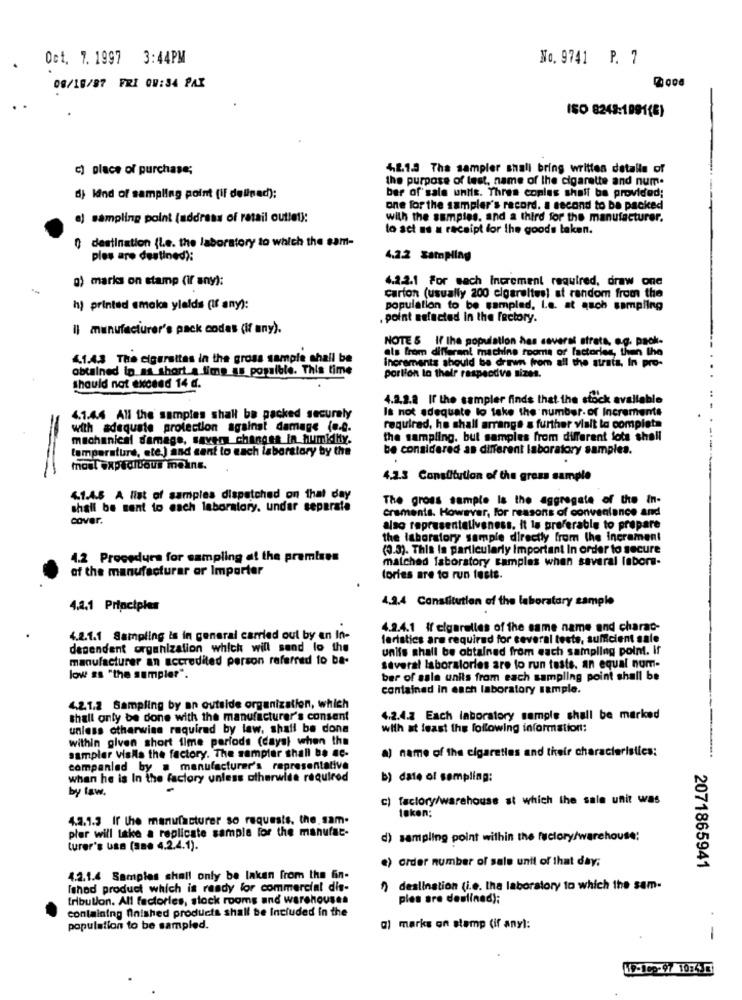
Oct. 7. 1997 3:44PM
No. 9741 P. 7
08/18/97 FRI OW:34 PAX
ISO 8243:1991(8)
c) place of purchase;
42.1.3 Tha sampler shali bring written detalle of
the purpose of test, name of the cigarette and num.
dj kind of sampling point (if dellpad):
ber of sale untis. Three coplas shall be provided;
one for the sampler's record. a second to be packed
aj sampling point (address of retail outlet):
with the samples, and a third for the manufacturer.
to act as a receipt for the goods laken.
destination {Le. the laboratory to which the sam-
pies are destined):
4.2.2 Sampllag
g) marks on stamp (if any):
4.2.2.1 For each increment required, draw one
carion (usually 200 elgareltes) at random from the
h) printed smoke yields (if any):
population to be sampled, Le. at qsch sampling
. point selected in the factory.
Il manufacturer's pack codes (if any).
NOTE & If the population has caverai strata, e.g. paok-
als from different machine rooms of factories, then the
4.1.43 The cigarettes in the gross sample shall be
increments should be drawn from all the strats, In pro-
obtained ip as short a lime as possible. This time
portion lo their respeodve sizes.
should not exceed 14 d.
4.2.2.2 If the sampler finds that the stock available
Is not adequate lo take the number. of Increments
4.1.44 All the samples shall be packed securely
with adequate protection against damage (e.e.
required, he shall arrange & further visit to completa
mechanical damage, saveon changes In_humility.
the sampling. but samples from different lots shall
temperature, ete.) and sent to each laboratory by the
be considered as different laboratory samples.
most expeditious meine.
4.2.3 Constitution of the gross sample
4.1.4.5 A list of samples dispatched on that day
The gross sample la the aggregate of the in-
shall be sent to each laboratory, undar separate
craments. However, for reasons of convenlance and
cover.
also representeliveness. it la preferable to prepare
the laboratory sample directly from the incrament
(0.3). This is particularly Important In order to secure
4.2 Procedura for sampling at the premises
matched laboratory samples when saveral labore-
of the manufacturar or Importer
tories are to run fests.
4.2.4 Constitution of the laboratory sample
4.2.1 Principles
4.2.4.1 If cigarelles of the same name and charac-
4.2.1.1 Sampling is in general carried out by an in-
faristics are required for several tests, sufficient sale
dependent organization which will send lo the
units shall be obtained from each sampling point. If
manufacturer an accredited person referred to ba-
Several laboratories are to run teste. an equal num-
low as "the sampler".
ber of sale units from each sampling point shall be
contained In each laboratory sample.
4.2.1.2 Sampling by an outside organization, which
shall only be done with the manufacturer's consent
4.2.4.2 Each laboratory sample shall be marked
unless otherwise required by law, shall be done
with at least the following information:
within given short time periods (caya) when the
sampler visis the factory. The sampler shall be ac-
a) name of the cigaretles and their characteristics:
companled by . manufacturer's representative
when he is In the factory unless otherwise required
b) date of sampling:
by law.
c) factory/warehouse st which the sale unit was
4.2.1.3 If the manufacturer so requests. the. sam.
taken;
pler will take a replicate sample for the manufac-
d) sampling point within the factory/warehouse:
turer's Usa (sBe 4.2.4.1).
.) order number of sale unit of that day;
2071865941
4.2.1.4 Samples shall only be laken from the fin-
Ished product which is ready for commercial dis-
9) destination (i.e. tha laboratory to which the sam-
tribution. All factories, stock rooms and warehouses
ples are deslinad);
containing finished products shall be Included in the
population to be sampled.
a) marks on stamp (if any):
9-1cp-97 10:430